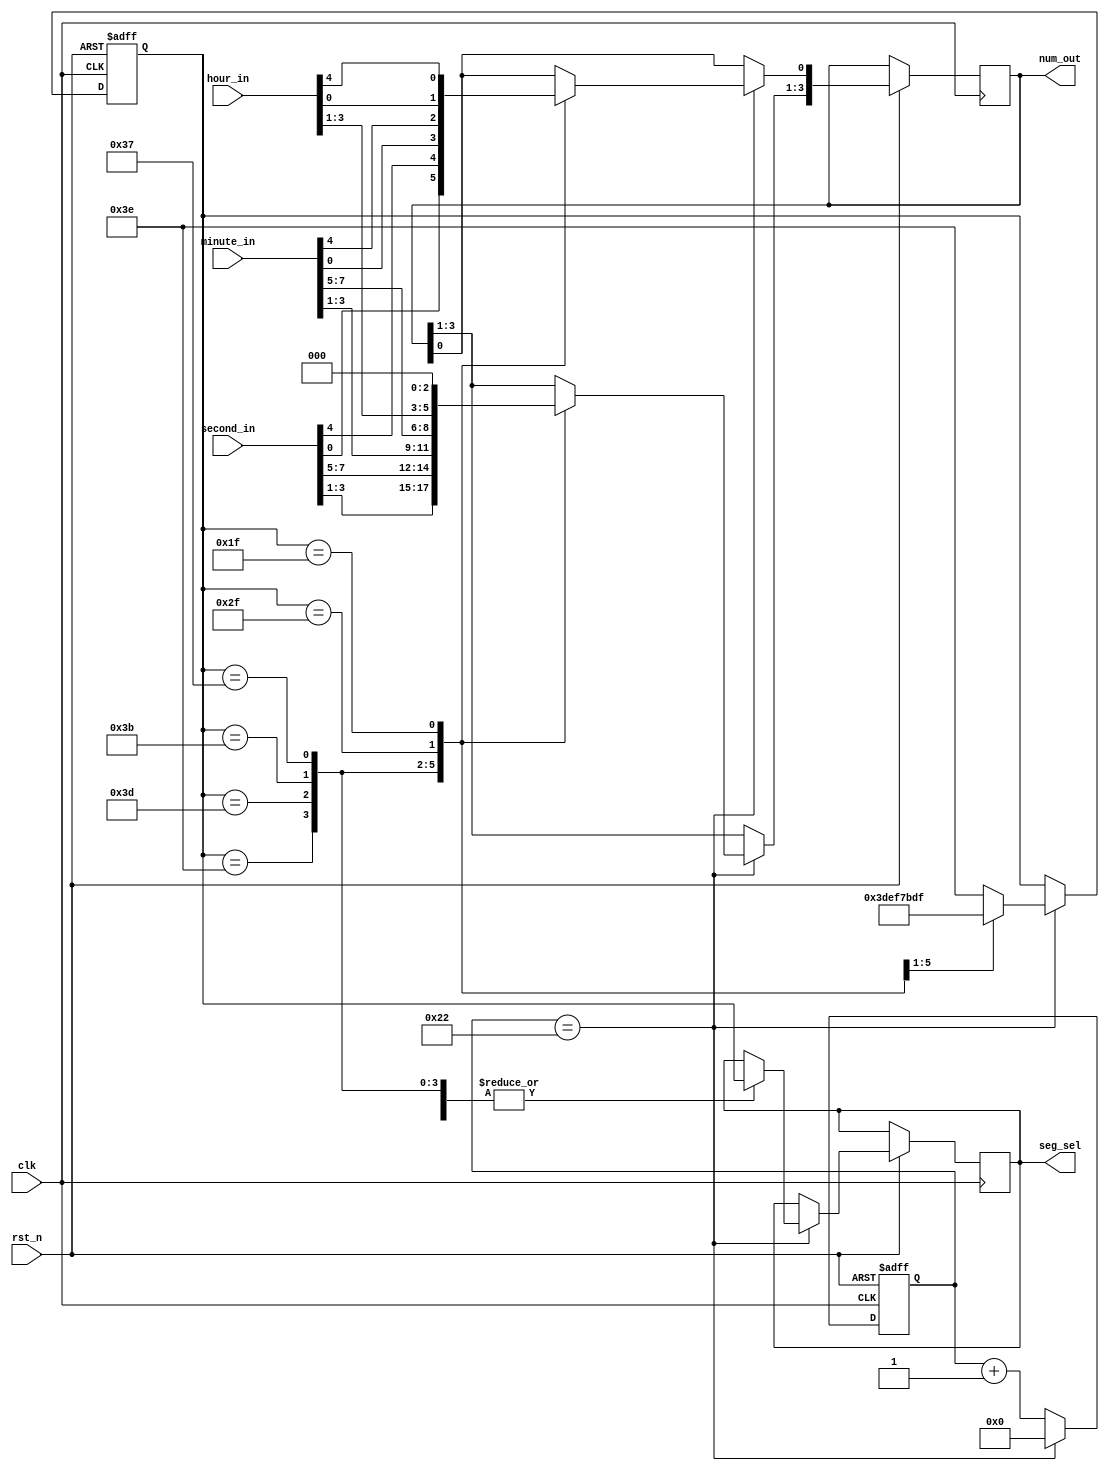
module led_seg(input [7:0]second_in,
			input [7:0]minute_in,
			input [7:0]hour_in,
			input rst_n,
			input clk,
			output [3:0]num_out,
			output [5:0]seg_sel);

reg[10:0] cnt;            
reg[5:0] bit;
reg[3:0] rnum_out;
reg[5:0] rseg_sel;

assign num_out=rnum_out;
assign seg_sel=rseg_sel;

parameter bit0=6'b111110,bit1=6'b111101,bit2=6'b111011,
				bit3=6'b110111,bit4=6'b101111,bit5=6'b011111,bit_no=6'b111111;

always@(negedge rst_n or posedge clk)begin
	if(!rst_n)begin
		cnt<=11'd0;
		bit<=bit0;
	end
	else begin
		if(cnt==6'd1250)begin
			cnt<=11'd0;
			case(bit)
			
			bit0:begin
				rnum_out[3:0]<=second_in[3:0];
				rseg_sel<=bit;
				bit<=bit1;
			end
			
			bit1:begin
				rnum_out[3:0]<=second_in[7:4];
				rseg_sel<=bit;
				bit<=bit2;
			end
			
			bit2:begin
				rnum_out[3:0]<=minute_in[3:0];
				rseg_sel<=bit;
				bit<=bit3;
			end
			
			bit3:begin
				rnum_out[3:0]<=minute_in[7:4];
				rseg_sel<=bit;
				bit<=bit4;
			end
			
			bit4:begin
				rnum_out[3:0]<=hour_in[3:0];
				rseg_sel<=bit;
				bit<=bit5;
			end
			
			bit5:begin
				rnum_out[0]<=hour_in[4];
				rnum_out[3:1]<=3'b0;
				rseg_sel<=bit;
				bit<=bit0;
			end
			
			default:bit<=bit0;
			
			endcase
		end
		else
			cnt<=cnt+11'd1;
	end
end
endmodule